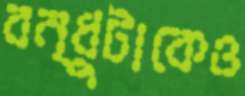
বন্ধুটাকেও